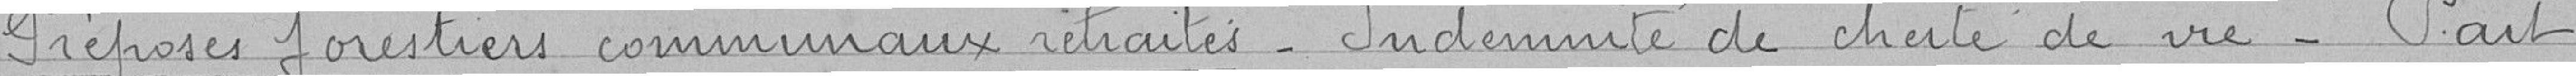
Préposés forestiers communaux retraites_ Indemnité de charte de vie_ Part